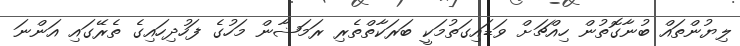
ލިޔުންތައް ބުނާގޮތުން ހިއްޗަށް ވަޑައިގަތުމަކީ ބަރަކާތްތެރި ރަމަޟާން މަހުގެ ފަހުދިހައިގެ ތެރޭގައި އަންނަ